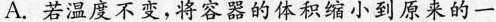
A. 若温度不变，将容器的体积缩小到原来的一